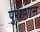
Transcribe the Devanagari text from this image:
पुराणास